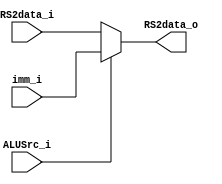
module MUX32(
    ALUSrc_i, 
    RS2data_i,
    imm_i, 
    RS2data_o
);

input ALUSrc_i;
input [31:0] RS2data_i;
input [31:0] imm_i;
output [31:0] RS2data_o;

assign RS2data_o = (ALUSrc_i) ? imm_i : RS2data_i;

endmodule